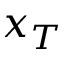
x _ { T }